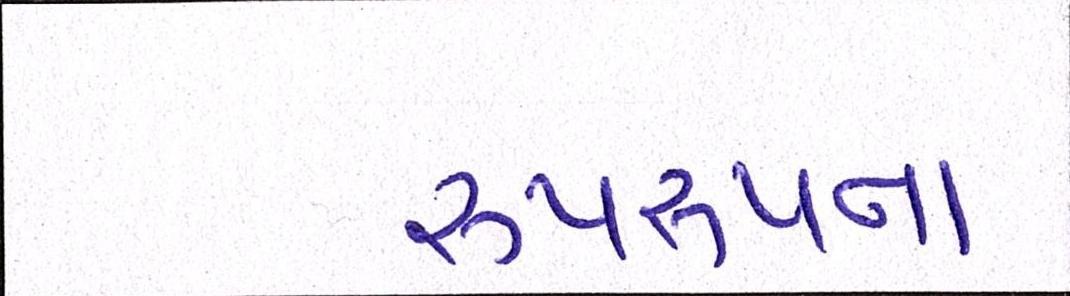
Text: રૂપરૂપના